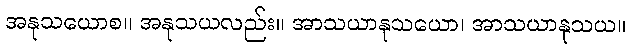
အနုသယောစ။ အနုသယလည်း။ အာသယာနုသယော၊ အာသယာနုသယ။